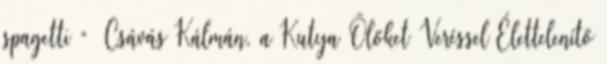
spagetti ” Csávás Kálmán, a Kutya Ölőket Veréssel Élettelenítő